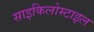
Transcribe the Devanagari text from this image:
साइकिलोस्टाइल